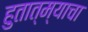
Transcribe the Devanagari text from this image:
हुतात्म्याचा